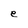
Character: e